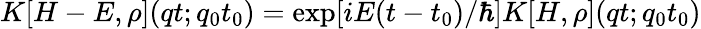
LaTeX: K[H-E,\rho](qt;q_{0}t_{0})=\exp[iE(t-t_{0})/\hbar]K[H,\rho](qt;q_{0}t_{0})